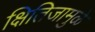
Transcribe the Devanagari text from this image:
क्षितिजामुळे